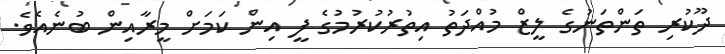
ދޫކުރި ތަންތަނުގެ ލީޒް މުއްދަތު އިތުރުކުރުމުގެ ފީ އިން ކަމަށް މީރާއިން ބުނެއެވެ.